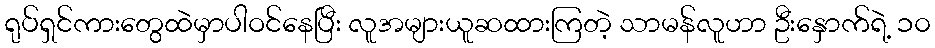
ရုပ်ရှင်ကားတွေထဲမှာပါဝင်နေပြီး လူအများယူဆထားကြတဲ့ သာမန်လူဟာ ဦးနှောက်ရဲ့ ၁၀